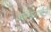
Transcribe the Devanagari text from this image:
शोभाताईंनी